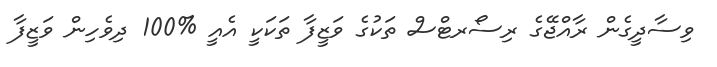
ވިސާދީގެން ރާއްޖޭގެ ރިސޯރޓްސް ތަކުގެ ވަޒީފާ ތަކަކީ އެއީ %100 ދިވެހިން ވަޒީފާ